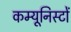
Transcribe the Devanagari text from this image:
कम्यूनिस्टों